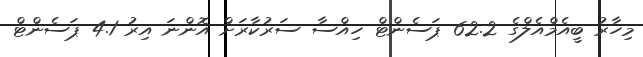
މިހާރު ބީއެމްއެލްގެ 62.2 ޕަސެންޓް ހިއްސާ ސަރުކާރަށް އޮންނަ އިރު 4.1 ޕަސެންޓް